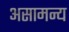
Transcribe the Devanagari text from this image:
असामन्य